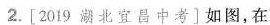
2.\left[2019湖北宜昌中考\right] 如图，在